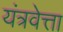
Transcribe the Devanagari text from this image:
यंत्रवेत्ता